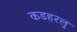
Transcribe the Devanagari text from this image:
कडहरलु